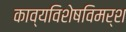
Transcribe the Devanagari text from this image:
काव्यविशेषविमर्श